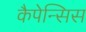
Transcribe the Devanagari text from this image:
कैपेन्सिस